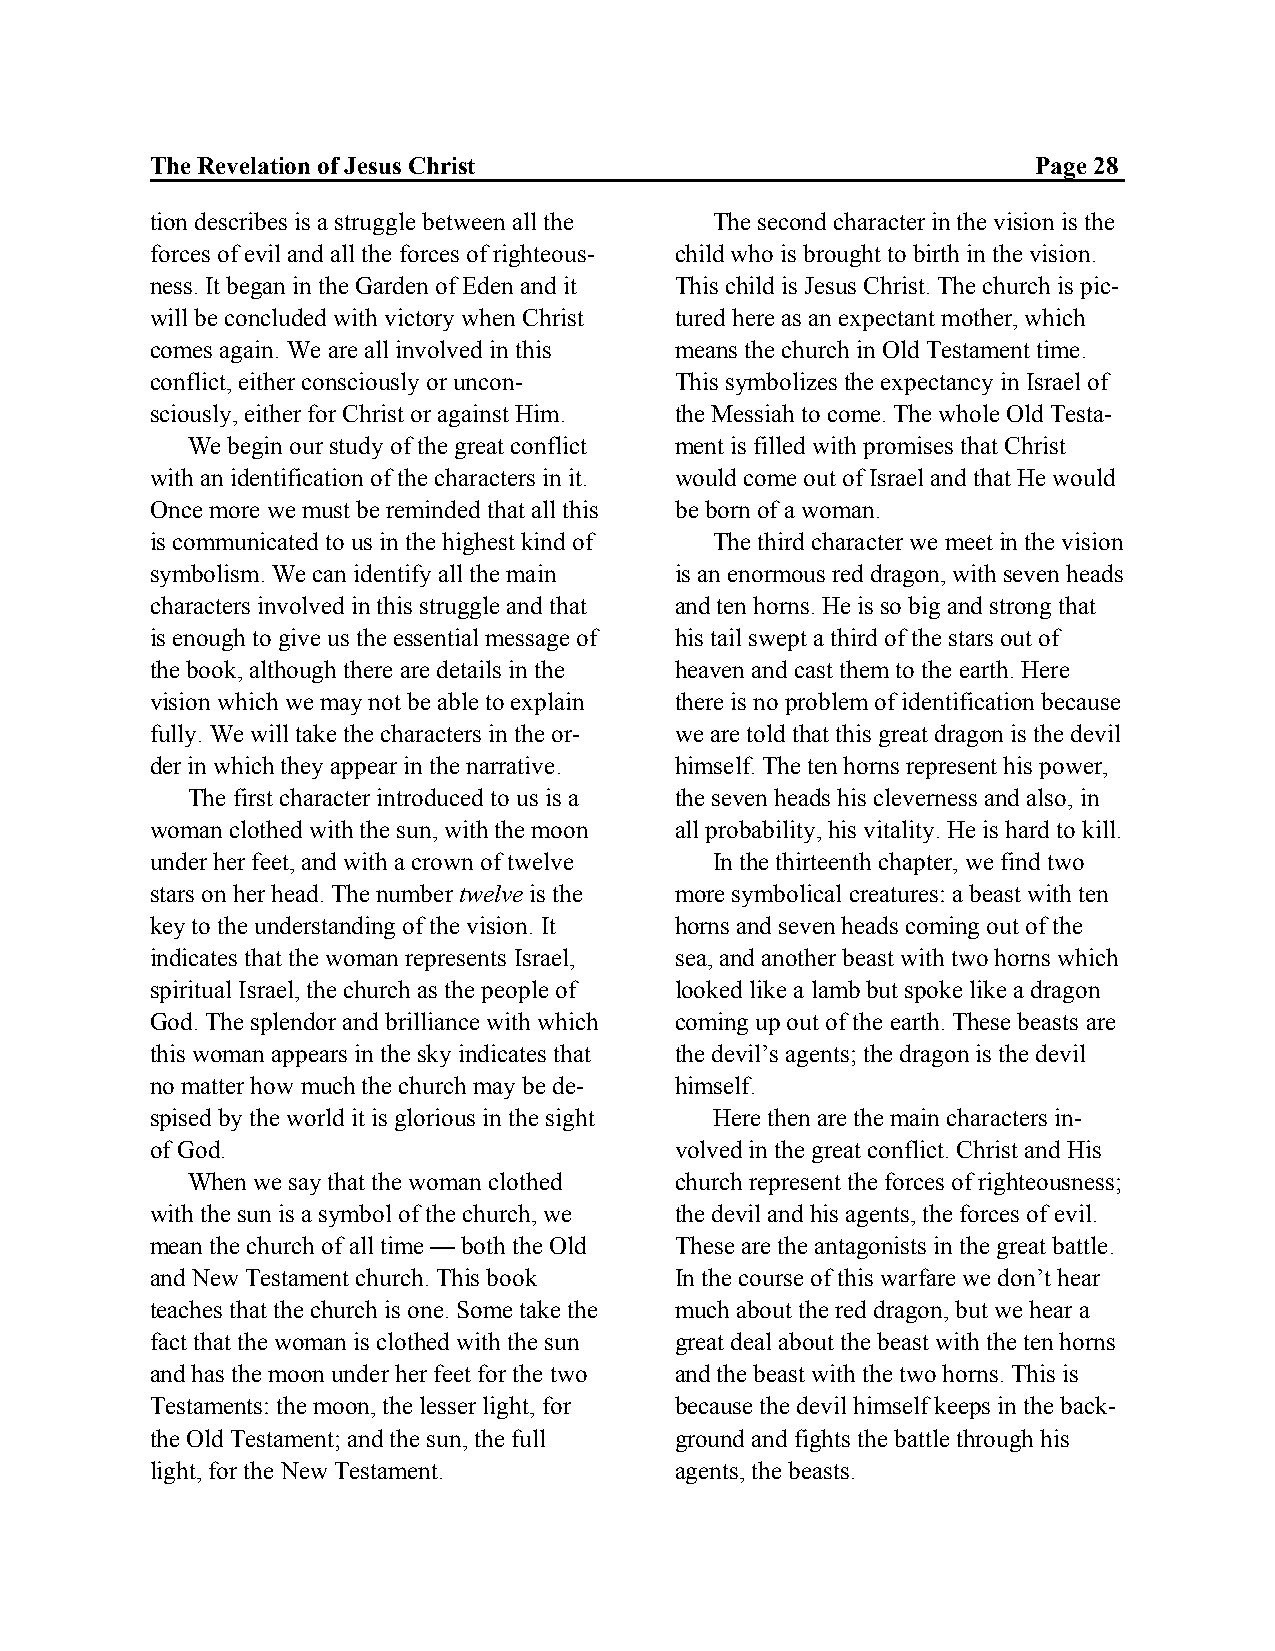
The Revelation of Jesus Christ                             Page 28
 tion describes is a struggle between all the The second character in the vision is the
 forces of evil and all the forces of righteous- child who is brought to birth in the vision.
 ness. It began in the Garden of Eden and it This child is Jesus Christ. The church is pic-
 will be concluded with victory when Christ tured here as an expectant mother, which
 comes again. We are all involved in this means the church in Old Testament time.
 conflict, either consciously or uncon- This symbolizes the expectancy in Israel of
 sciously, either for Christ or against Him. the Messiah to come. The whole Old Testa-
 We begin our study of the great conflict ment is filled with promises that Christ
 with an identification of the characters in it. would come out of Israel and that He would
 Once more we must be reminded that all this be born of a woman.
 is communicated to us in the highest kind of The third character we meet in the vision
 symbolism. We can identify all the main is an enormous red dragon, with seven heads
 characters involved in this struggle and that and ten horns. He is so big and strong that
 is enough to give us the essential message of his tail swept a third of the stars out of
 the book, although there are details in the heaven and cast them to the earth. Here
 vision which we may not be able to explain there is no problem of identification because
 fully. We will take the characters in the or- we are told that this great dragon is the devil
 der in which they appear in the narrative. himself. The ten horns represent his power,
 The first character introduced to us is a the seven heads his cleverness and also, in
 woman clothed with the sun, with the moon all probability, his vitality. He is hard to kill.
 under her feet, and with a crown of twelve In the thirteenth chapter, we find two
 stars on her head. The number twelve is the more symbolical creatures: a beast with ten
 key to the understanding of the vision. It horns and seven heads coming out of the
 indicates that the woman represents Israel, sea, and another beast with two horns which
 spiritual Israel, the church as the people of looked like a lamb but spoke like a dragon
 God. The splendor and brilliance with which coming up out of the earth. These beasts are
 this woman appears in the sky indicates that the devil’s agents; the dragon is the devil
 no matter how much the church may be de- himself.
 spised by the world it is glorious in the sight Here then are the main characters in-
 of God.                            volved in the great conflict. Christ and His
 When we say that the woman clothed church represent the forces of righteousness;
 with the sun is a symbol of the church, we the devil and his agents, the forces of evil.
 mean the church of all time — both the Old These are the antagonists in the great battle.
 and New Testament church. This book In the course of this warfare we don’t hear
 teaches that the church is one. Some take the much about the red dragon, but we hear a
 fact that the woman is clothed with the sun great deal about the beast with the ten horns
 and has the moon under her feet for the two and the beast with the two horns. This is
 Testaments: the moon, the lesser light, for because the devil himself keeps in the back-
 the Old Testament; and the sun, the full ground and fights the battle through his
 light, for the New Testament.      agents, the beasts.